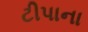
ટીપાના